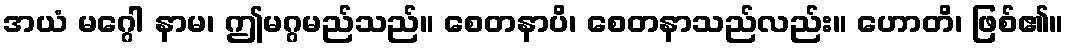
အယံ မဂ္ဂေါ နာမ၊ ဤမဂ္ဂမည်သည်။ စေတနာပိ၊ စေတနာသည်လည်း။ ဟောတိ၊ ဖြစ်၏။